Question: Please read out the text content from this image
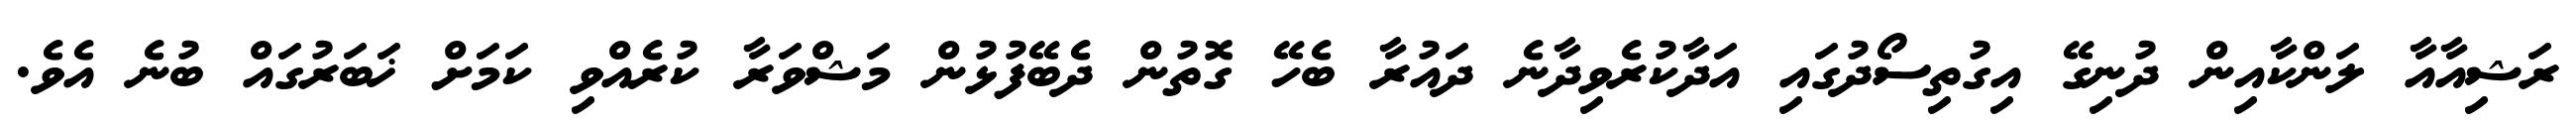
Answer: ރަޝިއާއާ ލަންކާއިން ދުނިގޭ އިގުތިސޯދުގައި އަދާކުރެވިދާނެ ދައުރާ ބެހޭ ގޮތުން ދެބޭފުޅުން މަޝްވަރާ ކުރެއްވި ކަމަށް ޚަބަރުގައް ބުނެ އެވެ.